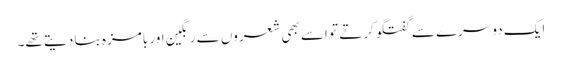
ایک دوسرے سے گفتگو کرتے تو اسے بھی شعروں سے رنگین اور بامزہ بنا دیتے تھے۔